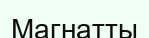
Магнатты